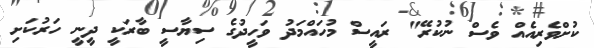
ކުށްވެރިއެއް ވެސް ނުކުރޭ" ރައީސް މުހައްމަދު ވަހީދުގެ ސިޔާސީ ބާރަކީ ދީނީ ހަރުކަށި